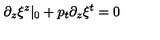
\partial _ { z } \xi ^ { z } \vert _ { 0 } + p _ { t } \partial _ { z } \xi ^ { t } = 0